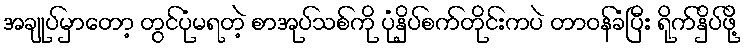
အချုပ်မှာတော့ တွင်ပုံမရတဲ့ စာအုပ်သစ်ကို ပုံနှိပ်စက်တိုင်းကပဲ တာဝန်ခံပြီး ရိုက်နှိပ်ဖို့